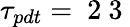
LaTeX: \tau_{pdt}=\mathrm{~2~3~}